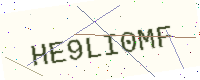
Text: HE9LI0MF